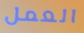
العمل